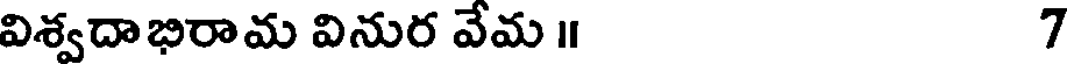
విశ్వదాభిరామ వినుర వేమ ॥ 7